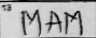
Transcription: MAM